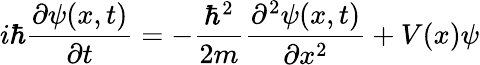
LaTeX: i\hbar{\frac{\partial\psi(x,t)}{\partial t}}=-{\frac{\hbar^{2}}{2m}}{\frac{\partial^{2}\psi(x,t)}{\partial x^{2}}}+V(x)\psi